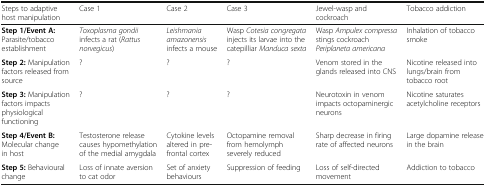
| Steps to adaptive host manipulation | Case 1 | Case 2 | Case 3 | Jewel-wasp and cockroach | Tobacco addiction |
 | --- | --- | --- | --- | --- | --- |
 | Step 1/Event A: Parasite/tobacco establishment | Toxoplasma gondii infects a rat (Rattus norvegicus) | Leishmania amazonensis infects a mouse | Wasp Cotesia congregata injects its larvae into the catepilliar Manduca sexta | Wasp Ampulex compressa stings cockroach Periplaneta americana | Inhalation of tobacco smoke |
 | Step 2: Manipulation factors released from source | ? | ? | ? | Venom stored in the glands released into CNS | Nicotine released into lungs/brain from tobacco root |
 | Step 3: Manipulation factors impacts physiological functioning | ? | ? | ? | Neurotoxin in venom impacts octopaminergic neurons | Nicotine saturates acetylcholine receptors |
 | Step 4/Event B: Molecular change in host | Testosterone release causes hypomethylation of the medial amygdala | Cytokine levels altered in pre-frontal cortex | Octopamine removal from hemolymph severely reduced | Sharp decrease in firing rate of affected neurons | Large dopamine release in the brain |
 | Step 5: Behavioural change | Loss of innate aversion to cat odor | Set of anxiety behaviours | Suppression of feeding | Loss of self-directed movement | Addiction to tobacco |